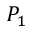
P _ { 1 }